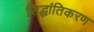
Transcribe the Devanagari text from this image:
सिद्धांतिकरण